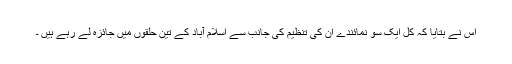
اس نے بتایا کہ کل ایک سو نمائندے ان کی تنظیم کی جانب سے اسلام آباد کے تین حلقوں میں جائزہ لے رہے ہیں ۔